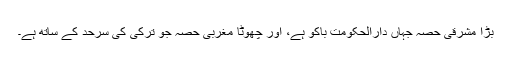
بڑا مشرقی حصہ جہاں دارالحکومت باکو ہے، اور چھوٹا مغربی حصہ جو ترکی کی سرحد کے ساتھ ہے۔